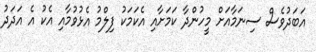
އަބަދުވެސް ސިނަމާއަށް މީހުންދާ ކަމަށާއި އެކަމަކު ފިލްމު އެޅުވުމާއި އެކު އެ އަދަދު